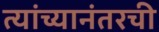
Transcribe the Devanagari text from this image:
त्यांच्यानंतरची